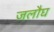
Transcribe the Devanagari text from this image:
जलौघ